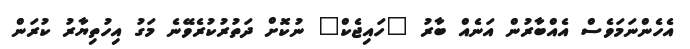
އެހެންނަމަވެސް އެއްބާރުން އަނެއް ބާރު "ހައިޖެކް" ނުކޮށް ދަތުރުކުރެވޭނެ މަގު އިހުތިޔާރު ކުރަން